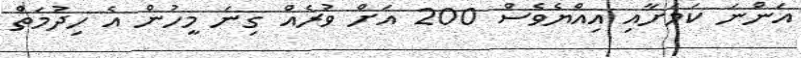
އަންނަ ކަމަށާއި އިއްޔެވެސް 200 އަށް ވުރެއް ގިނަ މީހުން އެ ހިދުމަތް